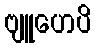
ဗျူဟေပိ